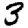
Digit: 3